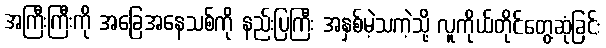
အကြီးကြီးကို အခြေအနေသစ်ကို နည်းပြကြီး အနှစ်မဲ့သကဲ့သို့ လူကိုယ်တိုင်တွေ့ဆုံခြင်း